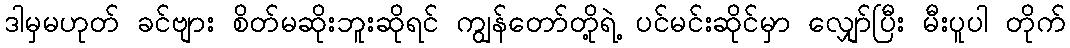
ဒါမှမဟုတ် ခင်ဗျား စိတ်မဆိုးဘူးဆိုရင် ကျွန်တော်တို့ရဲ့ ပင်မင်းဆိုင်မှာ လျှော်ပြီး မီးပူပါ တိုက်